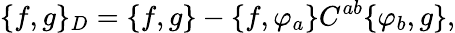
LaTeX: \{ f,g\} _{D}=\{ f,g\} -\{ f,\varphi_{a}\} C^{ab}\{ \varphi_{b},g\} ,